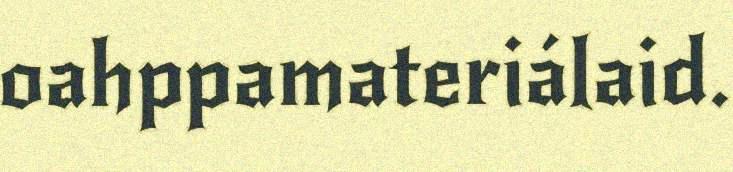
oahppamateriálaid.